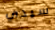
سيدي